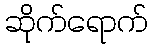
ဆိုက်ရောက်